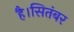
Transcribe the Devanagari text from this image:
है।सितंबर